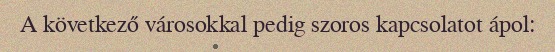
A következő városokkal pedig szoros kapcsolatot ápol: